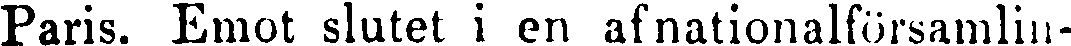
Paris. Emot slutet i en afnationalförsamlin-